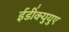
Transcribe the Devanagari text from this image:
ईडी॑क्युयुए